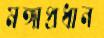
মঙ্গাপ্রধান